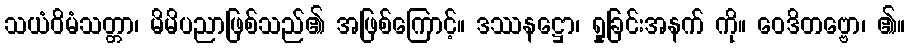
သယံဝိမံသတ္တာ၊ မိမိပညာဖြစ်သည်၏ အဖြစ်ကြောင့်။ ဒဿနဋ္ဌော၊ ရှုခြင်းအနက် ကို။ ဝေဒိတဗ္ဗော၊ ၏။